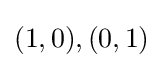
(1,0),(0,1)